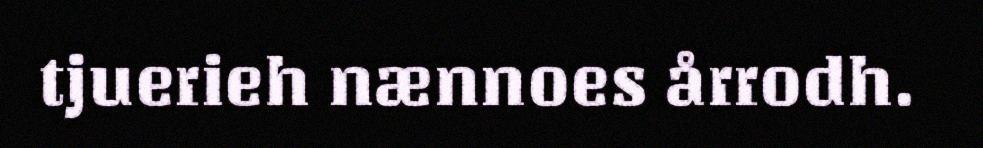
tjuerieh nænnoes årrodh.